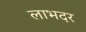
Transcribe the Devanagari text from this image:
लाभदर